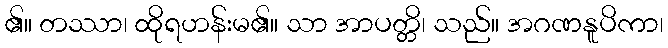
၏။ တဿာ၊ ထိုရဟန်းမ၏။ သာ အာပတ္တိ၊ သည်။ အဂဏနူပိကာ၊